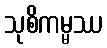
သုစိကမ္မဿ